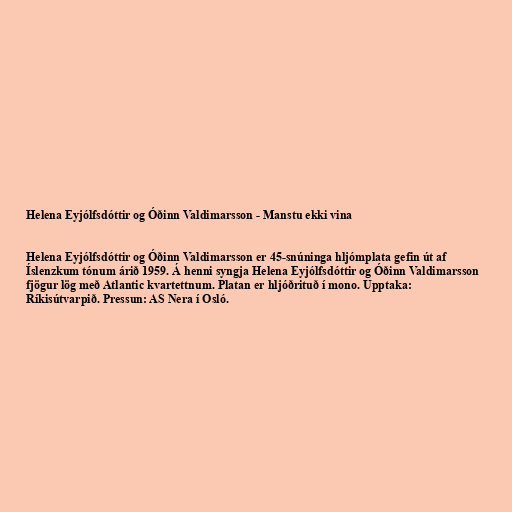
Helena Eyjólfsdóttir og Óðinn Valdimarsson - Manstu ekki vina

Helena Eyjólfsdóttir og Óðinn Valdimarsson er 45-snúninga hljómplata gefin út af
Íslenzkum tónum árið 1959. Á henni syngja Helena Eyjólfsdóttir og Óðinn Valdimarsson
fjögur lög með Atlantic kvartettnum. Platan er hljóðrituð í mono. Upptaka:
Ríkisútvarpið. Pressun: AS Nera í Osló.